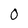
Character: 0